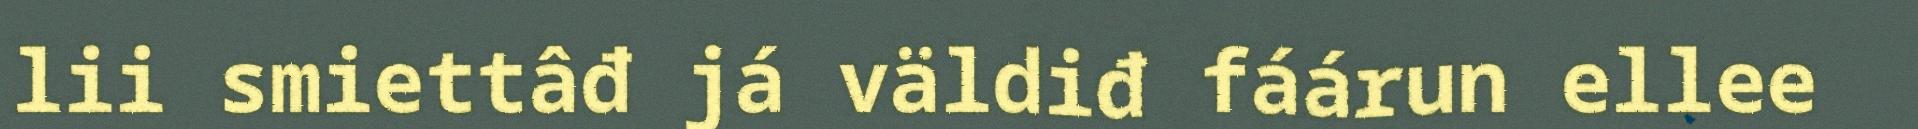
lii smiettâđ já väldiđ fáárun ellee